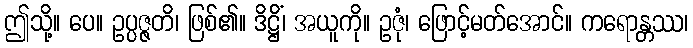
ဤသို့။ ပေ။ ဥပ္ပဇ္ဇတိ၊ ဖြစ်၏။ ဒိဋ္ဌိံ၊ အယူကို။ ဥဇုံ၊ ဖြောင့်မတ်အောင်။ ကရောန္တဿ၊